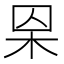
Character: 𣐮